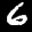
Label: 6